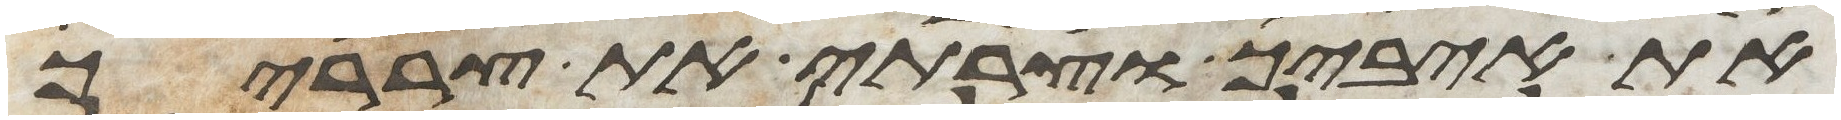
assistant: את איביך וצרתי את צרריך